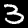
Digit: 3